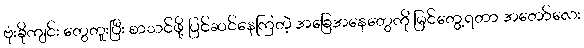
ဗုံးခိုကျင်း တွေတူးပြီး စာသင်ဖို့ ပြင်ဆင်နေကြတဲ့ အခြေအနေတွေကို မြင်တွေ့ရတာ အတော်လေး